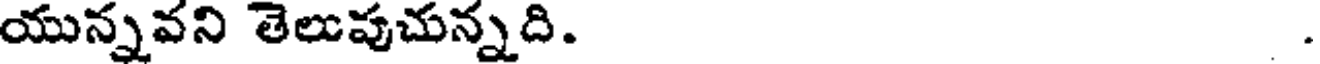
యున్నవని తెలుపుచున్నది. .